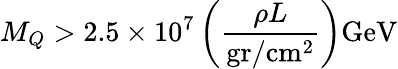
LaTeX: M_{Q}>2.5\times 10^{7}\left(\frac{\rho L}{\mathrm{gr/cm^{2}}}\right)\mathrm{GeV}